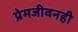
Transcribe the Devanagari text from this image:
प्रेमजीवनही